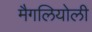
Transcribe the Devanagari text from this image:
मैगलियोली